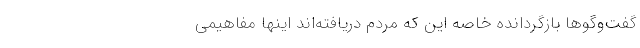
گفت‌و‌گوها بازگردانده خاصه این که مردم دریافته‌اند اینها مفاهیمی